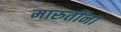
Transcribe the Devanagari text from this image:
मारुतींना